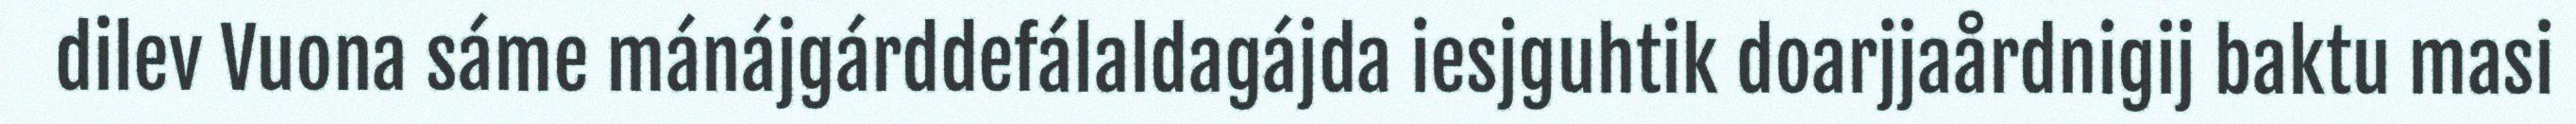
dilev Vuona sáme mánájgárddefálaldagájda iesjguhtik doarjjaårdnigij baktu masi